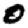
Digit: 0